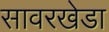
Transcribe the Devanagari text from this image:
सावरखेडा